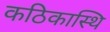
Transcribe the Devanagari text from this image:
कठिकास्थि